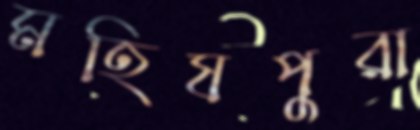
মহিষপুরা